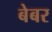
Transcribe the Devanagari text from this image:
बेबर